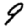
Digit: 9